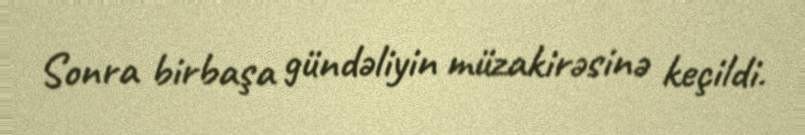
Sonra birbaşa gündəliyin müzakirəsinə keçildi.